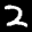
Label: 2